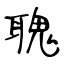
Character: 聭